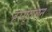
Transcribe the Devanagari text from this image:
हरसूवरून